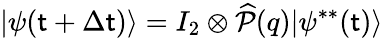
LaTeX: |\psi(\mathsf{t}+\Delta\mathsf{t})\rangle=I_{2}\otimes\widehat{{\mathcal{{P}}}}(q)|\psi^{**}(\mathsf{t})\rangle